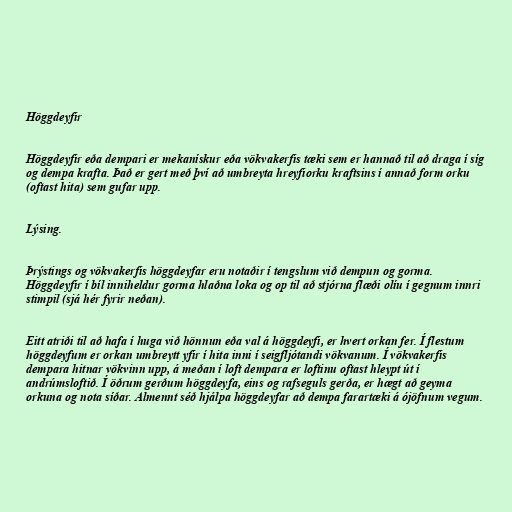
Höggdeyfir

Höggdeyfir eða dempari er mekanískur eða vökvakerfis tæki sem er hannað til að draga í síg
og dempa krafta. Það er gert með því að umbreyta hreyfiorku kraftsins í annað form orku
(oftast hita) sem gufar upp.

Lýsing.

Þrýstings og vökvakerfis höggdeyfar eru notaðir í tengslum við dempun og gorma.
Höggdeyfir í bíl inniheldur gorma hlaðna loka og op til að stjórna flæði olíu í gegnum innri
stimpil (sjá hér fyrir neðan).

Eitt atriði til að hafa í huga við hönnun eða val á höggdeyfi, er hvert orkan fer. Í flestum
höggdeyfum er orkan umbreytt yfir í hita inni í seigfljótandi vökvanum. Í vökvakerfis
dempara hitnar vökvinn upp, á meðan í loft dempara er loftinu oftast hleypt út í
andrúmsloftið. Í öðrum gerðum höggdeyfa, eins og rafseguls gerða, er hægt að geyma
orkuna og nota síðar. Almennt séð hjálpa höggdeyfar að dempa farartæki á ójöfnum vegum.